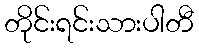
တိုင်းရင်းသားပါတီ